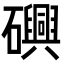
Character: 𮁕